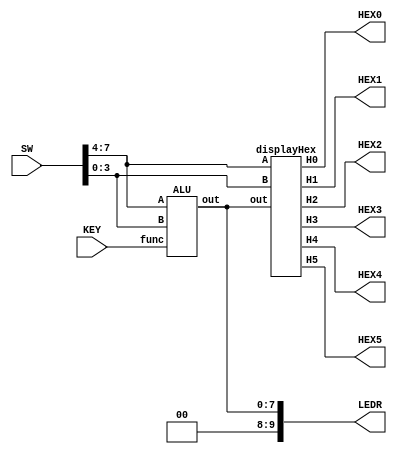
`timescale 1ns / 1ns 

module Lab3p3(SW, KEY, LEDR, HEX0, HEX1, HEX2, HEX3, HEX4, HEX5);
	input [7:0] SW;
	input [2:0] KEY;
	
	output [9:0] LEDR;
	output [6:0] HEX0;
	output [6:0] HEX1;
	output [6:0] HEX2;
	output [6:0] HEX3;
	output [6:0] HEX4;
	output [6:0] HEX5;
	
	wire [7:0] Wout;
	
	ALU alu0(
			.A(SW[7:4]),
			.B(SW[3:0]),
			.func(KEY[2:0]),
			.out(Wout[7:0]));
			
	displayHex hex(
			.A(SW[7:4]),
			.B(SW[3:0]),
			.out(Wout[7:0]),
			.H0(HEX0[6:0]),
			.H1(HEX1[6:0]),
			.H2(HEX2[6:0]),
			.H3(HEX3[6:0]),
			.H4(HEX4[6:0]),
			.H5(HEX5[6:0]));
			
	assign LEDR = Wout;
	
endmodule
	

module displayHex(A, B, out, H0, H1, H2, H3, H4, H5);
	input [7:0] out;
	input [3:0] A;
	input [3:0] B;
	output [6:0] H0;
	output [6:0] H1;
	output [6:0] H2;
	output [6:0] H3;
	output [6:0] H4;
	output [6:0] H5;
	
	hexDecoder dec0(
					.C(B[3:0]),
					.H(H0[6:0]));
					
	hexDecoder dec2(
					.C(A[3:0]),
					.H(H2[6:0]));
					
	hexDecoder dec4(
					.C(out[3:0]),
					.H(H4[6:0]));
					
	hexDecoder dec5(
					.C(out[7:4]),
					.H(H5[6:0]));
					
	assign H1 = 7'b0000000;
	assign H3 = 7'b0000000;
	
endmodule 
		
	
module ALU(A, B, func, out);
	input [3:0] A;
	input [3:0] B;
	input [2:0] func;
	output [7:0] out;
	
	wire [7:0] ans0;
	RCAddera rca0(
						.A(A[3:0]),
						.B(B[3:0]),
						.S(ans0[4:0]));
						
	wire [7:0] ans1;
	Vadder4b vad0(
						.A(A[3:0]),
						.B(B[3:0]),
						.O(ans1[4:0]));
						
	wire [7:0] ans2;
	orXor ox0(
						.A(A[3:0]),
						.B(B[3:0]),
						.O(ans2[7:0]));
						
	wire [7:0] ans5;
	invert iv0(
						.A(A[3:0]),
						.B(B[3:0]),
						.O(ans5[7:0]));
	
	reg [7:0] ans;
	
	always @(*)
	begin
		case (func)
			3'b000: ans = ans0;
			3'b001: ans = ans1;
			3'b010: ans = ans2;
			3'b011: if (A || B)
							ans = 8'b10000001;
					  else
							ans = 8'b00000000;
			3'b100: if (&A && &B)
							ans = 8'b01111110;
					  else
							ans = 8'b00000000;
			3'b101: ans = ans5;
			default ans = 8'b00000000;
		endcase
	end
endmodule 


module Vadder4b(A, B, O);
    input [3:0] A;
	 input [3:0] B;
	 output [4:0] O;
	 
	 assign O = A + B;
endmodule
	 
	 
module orXor(A, B, O);
	 input [3:0] A;
	 input [3:0] B;
	 output [7:0] O;
	 
	 assign O[3:0] = A | B;
	 assign O[7:4] = A ^ B;
endmodule 


module invert(A, B, O);
    input [3:0] A;
	 input [3:0] B;
	 output [7:0] O;
	 
	 wire [3:0] Aout;
	 
	 assign Aout[0] = ~A[0];
	 assign Aout[1] = ~A[1];
	 assign Aout[2] = ~A[2];
	 assign Aout[3] = ~A[3];
	 
	 assign O[7:4] = Aout;
	 assign O[3:0] = B;
endmodule 

	
module mux2to1a(x, y, s, m);
    input x; //select 0
    input y; //select 1
    input s; //select signal
    output m; //output
  
    //assign m = s & y | ~s & x;
    // OR
    assign m = s ? y : x;

endmodule



module fullAddera(a, b, ci, out, co);
	input a, b, ci;
	output out, co;
	wire W;
	
	assign 	W = (a ^ b) ^ ci;
	
	mux2to1a mux1(
			.x(b),
			.y(ci),
			.s(W),
			.m(co)
			);
			
	assign out = W;
endmodule 


module RCAddera(A, B, S);
	input [3:0] A;
	input [3:0] B;
	output [4:0] S;
	
	wire w0, w1, w2;
	
	fullAddera FA0(
				.a(A[0]),
				.b(B[0]),
				.ci(1'b0),
				.out(S[0]),
				.co(w0));
				
	fullAddera FA1(
				.a(A[1]),
				.b(B[1]),
				.ci(w0),
				.out(S[1]),
				.co(w1));
				
	fullAddera FA2(
				.a(A[2]),
				.b(B[2]),
				.ci(w1),
				.out(S[2]),
				.co(w2));
				
	fullAddera FA3(
				.a(A[3]),
				.b(B[3]),
				.ci(w2),
				.out(S[3]),
				.co(S[4]));
				
endmodule 
	

module hexDecoder(C, H);
	input [3:0] C;
	output [6:0] H;
	
	//assigning value to each light
	assign H[0] = (C[3] | C[2] | C[1] | ~C[0]) & (C[3] | ~C[2] | C[1] | C[0]) &
		(~C[3] | C[2] | ~C[1] | ~C[0]) & (~C[3] | ~C[2] | ~C[1] | C[0]);
		
	assign H[1] = (C[3] | ~C[2] | C[1] | ~C[0]) & (C[3] | ~C[2] | ~C[1] | C[0]) & 
		(~C[3] | C[2] | ~C[1] | ~C[0]) & (~C[3] | ~C[2] | C[1] | C[0]) & 
		(~C[3] | ~C[2] | ~C[1] | C[0]) & (~C[3] | ~C[2] | ~C[1] | ~C[0]);
		
	assign H[2] = (C[3] | C[2] | ~C[1] | C[0]) & (~C[3] | ~C[2] | C[1] | C[0]) & 
		(~C[3] | ~C[2] | ~C[1] | C[0]) & (~C[3] | ~C[2] | ~C[1] | ~C[0]);
		
	assign H[3] = (C[3] | C[2] | C[1] | ~C[0]) & (C[3] | ~C[2] | C[1] | C[0]) & 
		(C[3] | ~C[2] | ~C[1] | ~C[0]) & (~C[3] | C[2] | C[1] | ~C[0]) & 
		(~C[3] | C[2] | ~C[1] | C[0]) & (~C[3] | ~C[2] | ~C[1] | ~C[0]);
		
	assign H[4] = (C[3] | C[2] | C[1] | ~C[0]) & (C[3] | C[2] | ~C[1] | ~C[0]) & 
		(C[3] | ~C[2] | C[1] | C[0]) & (C[3] | ~C[2] | C[1] | ~C[0]) & 
		(C[3] | ~C[2] | ~C[1] | ~C[0]) & (~C[3] | C[2] | C[1] | ~C[0]);
		
	assign H[5] = (C[3] | C[2] | C[1] | ~C[0]) & (C[3] | C[2] | ~C[1] | C[0]) & 
		(C[3] | C[2] | ~C[1] | ~C[0]) & (C[3] | ~C[2] | ~C[1] | ~C[0]) & 
		(~C[3] | ~C[2] | C[1] | ~C[0]);
		
	assign H[6] = (C[3] | C[2] | C[1] | C[0]) & (C[3] | C[2] | C[1] | ~C[0]) & 
		(C[3] | ~C[2] | ~C[1] | ~C[0]) & (~C[3] | ~C[2] | C[1] | C[0]);
		
endmodule


module mux7to1a(inp, select, outp);
	input [6:0] inp; //input 
	input [2:0] select; //select signal
	
	reg out; //output for the always
	output outp;
	
	always @(*)
	begin
		case (select[2:0]) //switch by select signal input
			3'b000: out = inp[0];
			3'b001: out = inp[1];
			3'b010: out = inp[2];
			3'b011: out = inp[3];
			3'b100: out = inp[4];
			3'b101: out = inp[5];
			3'b110: out = inp[6];
			3'b111: out = inp[0];  //default out put to input[1]
			default: out = inp[0];
		endcase
	end
	
	assign outp = out;
	
endmodule